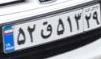
۵۲ق۵۱۳۲۹